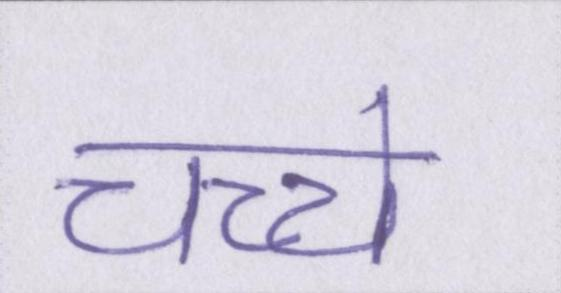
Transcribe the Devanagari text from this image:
चच्चे